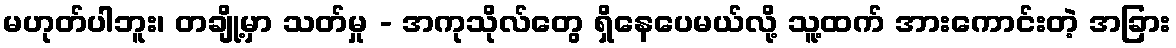
မဟုတ်ပါဘူး၊ တချို့မှာ သတ်မှု - အကုသိုလ်တွေ ရှိနေပေမယ်လို့ သူ့ထက် အားကောင်းတဲ့ အခြား